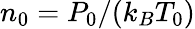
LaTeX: {{n}_{0}}={{{P}_{0}}}/{\left({{k}_{B}}{{T}_{0}}\right)}